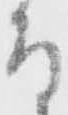
な